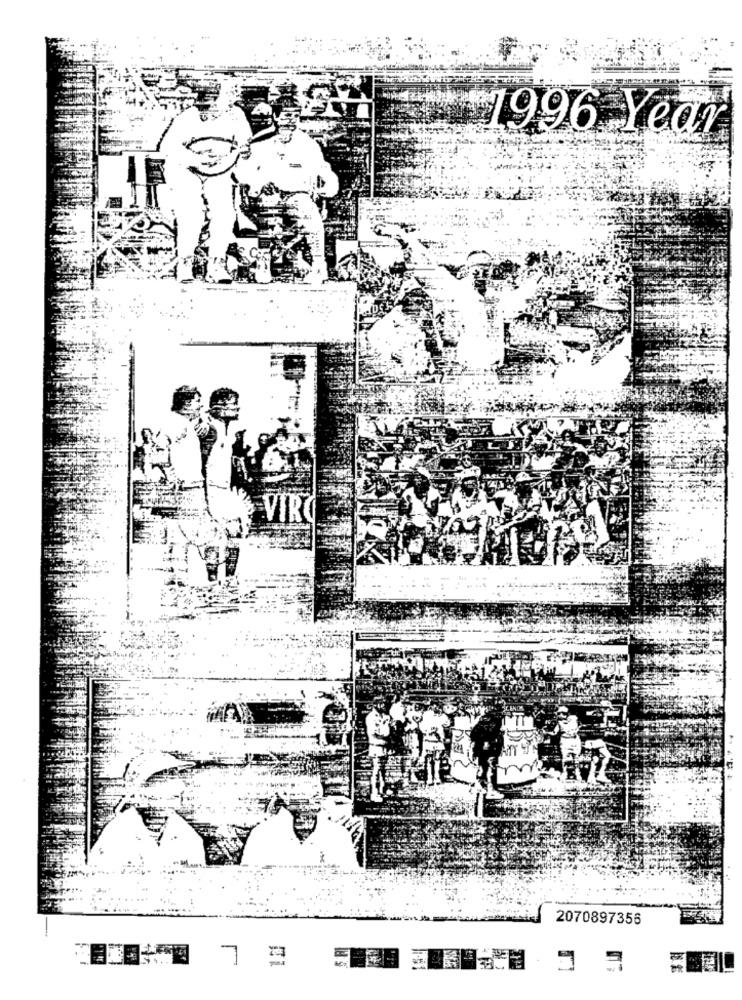
1996 Year
2070897356
7
8 8